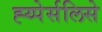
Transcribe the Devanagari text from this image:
ह्य्पेर्सलिसे